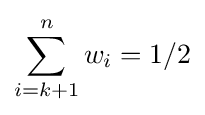
\sum _{i=k+1}^{n}w_{i}=1/2